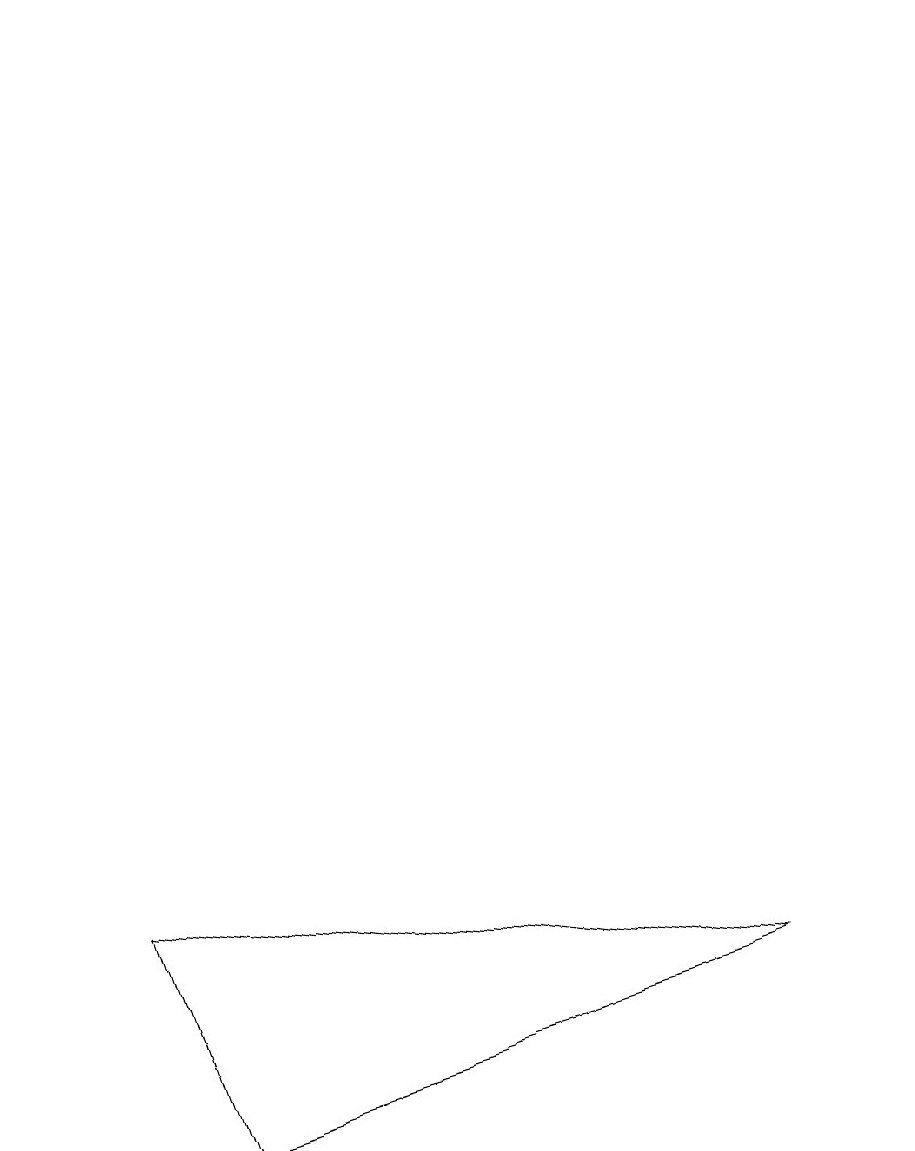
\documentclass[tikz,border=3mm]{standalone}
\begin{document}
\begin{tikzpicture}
\draw[->] (0,17) -- (0,17);
\draw (11,12) circle (0);
\draw (9,5) -- (1,6) -- (2,3) -- cycle;
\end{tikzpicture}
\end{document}